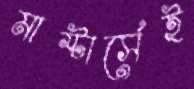
মাস্টার্সেই